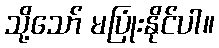
သို့သော် မပြုံးနိုင်ပါ။